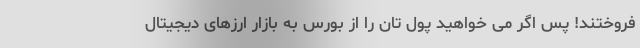
فروختند! پس اگر می خواهید پول تان را از بورس به بازار ارزهای دیجیتال